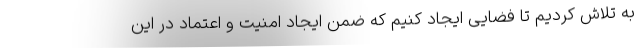
به تلاش کردیم تا فضایی ایجاد کنیم که ضمن ایجاد امنیت و اعتماد در این